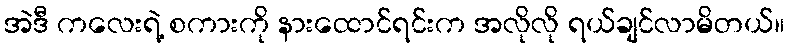
အဲဒီ ကလေးရဲ့ စကားကို နားထောင်ရင်းက အလိုလို ရယ်ချင်လာမိတယ်။